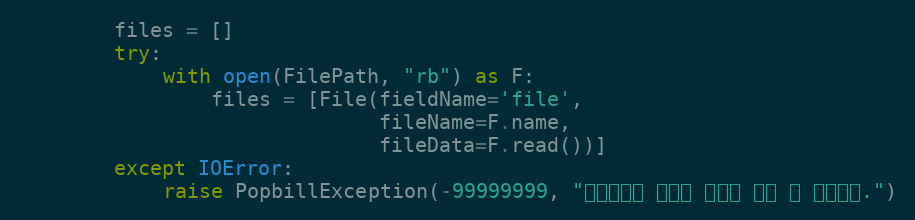
Language: Python
        files = []
        try:
            with open(FilePath, "rb") as F:
                files = [File(fieldName='file',
                              fileName=F.name,
                              fileData=F.read())]
        except IOError:
            raise PopbillException(-99999999, "해당경로에 파일이 없거나 읽을 수 없습니다.")